system: You are a helpful assistant.
user:
Analyze the provided spectrum to determine if it is a **M-type Giant (gM)**.

A M-type Giant spectrum is defined by its **strong molecular absorption** features, particularly from **Titanium Oxide (TiO)**. You must check for one of the following mutually exclusive signatures:

- **Key Visual Indicators (Absorption-Dominated Spectrum):**

    - **(Primary):** The spectrum is dominated by strong molecular absorption from **Titanium Oxide (TiO)**. This is the **defining feature** of its M-type temperature class.
        - **(Key Bandheads):** Look for sharp, "saw-tooth" absorption valleys. The strongest are located near **~7050 Å**, **~6160 Å**, and **~5170 Å**.
        - **(Line Profile):** The "saw-tooth" morphology is critical: a **sharp, steep drop on the BLUE (short-wavelength) side** of the bandhead, followed by a gradual recovery (rising flux) towards the RED (long-wavelength) side.

    - **(Key Confirmation - Giant vs. Dwarf):** **ABSENCE** of strong **Calcium Hydride (CaH)** molecular bands. This is the primary diagnostic for *excluding* M-dwarfs.
        - **(Key Region):** The spectrum should lack the strong, broad absorption band seen in dwarfs between **~6800 Å and ~7000 Å**.

    - **(Secondary Confirmation - Giant):** A very strong and broad **Neutral Calcium (Ca I)** atomic absorption line.
        - **(Key Line):** Located at **~4226 Å**. In a giant (gM), this line is significantly deeper and broader than the same line in an M-dwarf (dM) due to low surface gravity.

    - **(Overall Spectrum):**
        - The continuum is **extremely red-sloping** (i.e., flux is very low in the blue and rises dramatically towards the red).
        - The entire spectrum appears "chopped up" by the deep TiO bands.

Think first, call **spectral_visualization_tool** if needed to examine features in detail, then provide your final answer. Your response must adhere to the following strict rules:
1.  **Overall Structure:** Your response must follow the format `<think>...</think> <tool_call>...</tool_call> (if a tool is used) <answer>...</answer>`.
2.  **Tool Usage Constraint:** You may only make **one** tool call per turn.
3.  **Final Answer Format:** In the `<answer>` tag, your conclusion must be inside a `\boxed{}` command (e.g., `\boxed{YES}` or `\boxed{NO}`), followed by your justification.

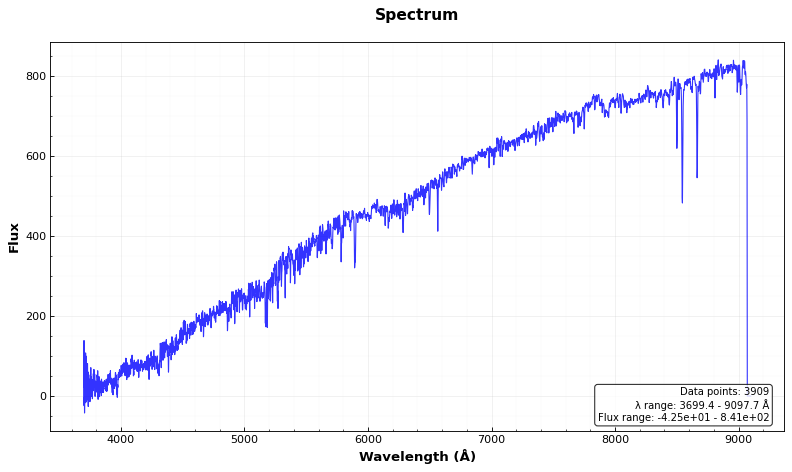
Answer: NO